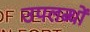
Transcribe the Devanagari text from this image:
उपलब्धों